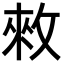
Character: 𢽟